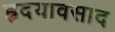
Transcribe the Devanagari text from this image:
हृदयावसाद